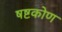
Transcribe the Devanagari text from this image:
षष्टकोण